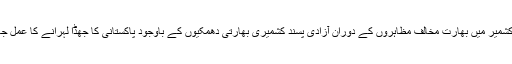
یا د رہے کہ مقبوضہ کشمیر میں بھارت مخالف مظاہروں کے دوران آزادی پسند کشمیری بھارتی دھمکیوں کے باوجود پاکستانی کا جھڈا لہرانے کا عمل جاری رکھے ہوئے ہیں۔